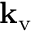
\mathbf { k } _ { \mathrm { v } }